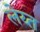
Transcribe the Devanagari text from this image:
लेय्त